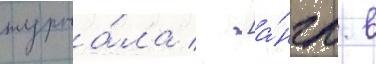
журна́ла  [а́нгл. в